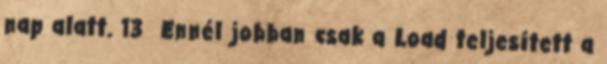
nap alatt. 13 Ennél jobban csak a Load teljesített a